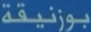
بوزنيقة